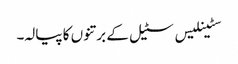
سٹینلیس سٹیل کے برتنوں کا پیالہ۔